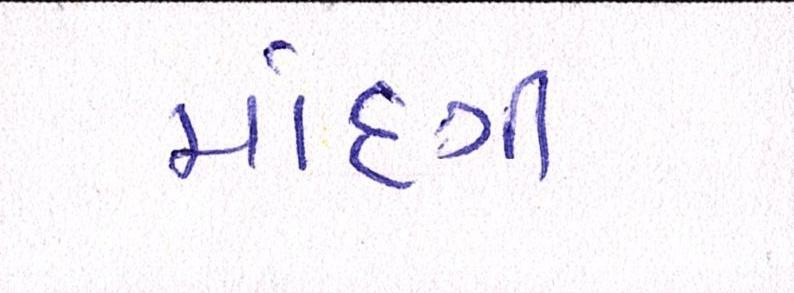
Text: માંદગી